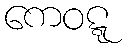
ကေဝဋ္ဋ